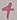
Text: 4